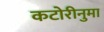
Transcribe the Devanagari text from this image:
कटोरीनुमा